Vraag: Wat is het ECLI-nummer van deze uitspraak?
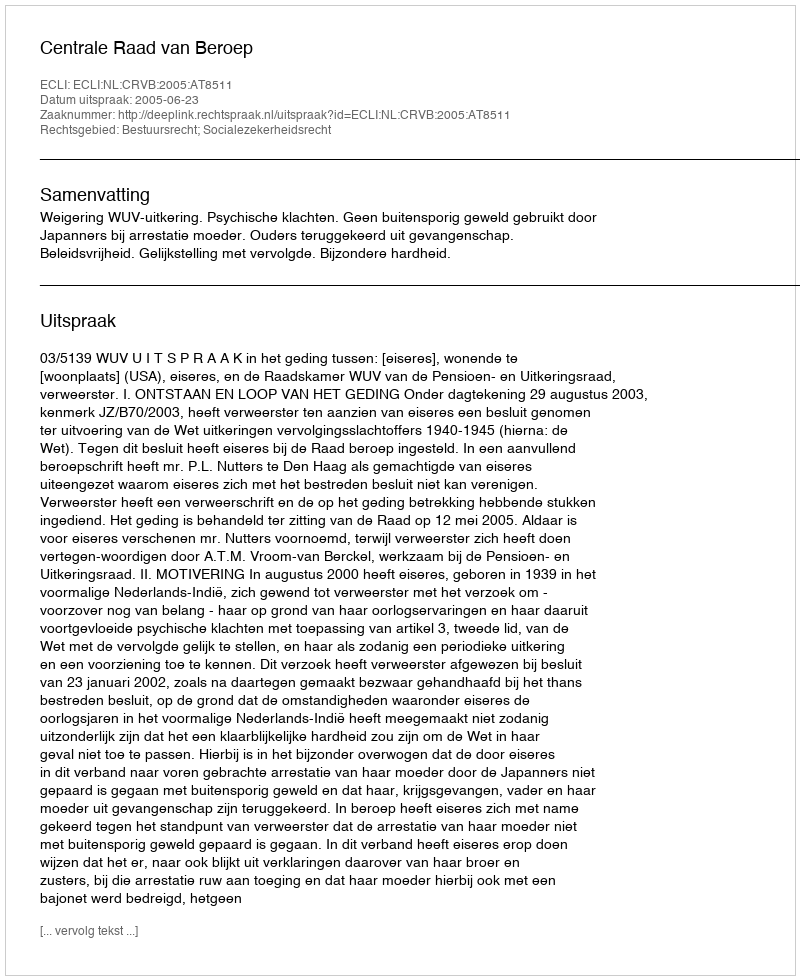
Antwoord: ECLI:NL:CRVB:2005:AT8511